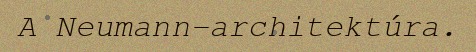
A Neumann-architektúra.